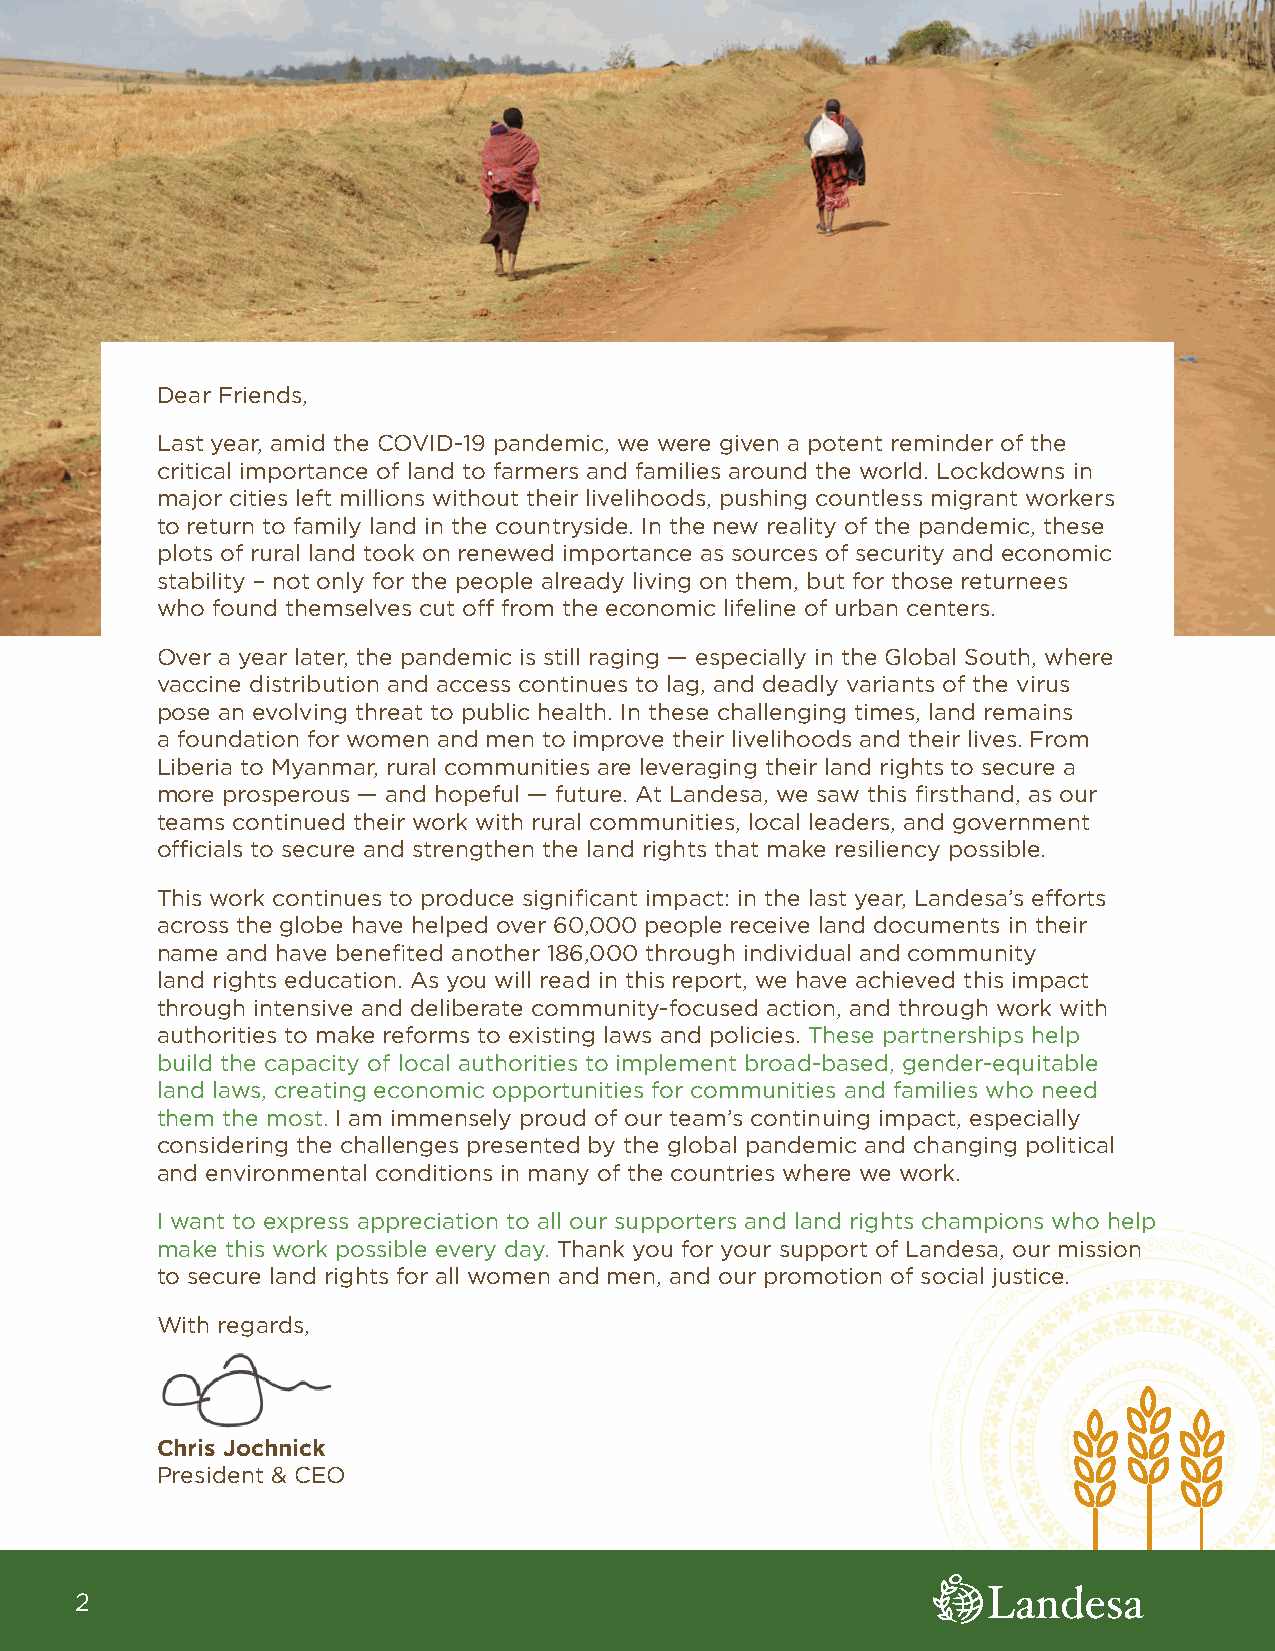
Dear Friends,
 Last year, amid the COVID-19 pandemic, we were given a potent reminder of the
 critical importance of land to farmers and families around the world. Lockdowns in
 major cities left millions without their livelihoods, pushing countless migrant workers
 to return to family land in the countryside. In the new reality of the pandemic, these
 plots of rural land took on renewed importance as sources of security and economic
 stability – not only for the people already living on them, but for those returnees
 who found themselves cut off from the economic lifeline of urban centers.
 Over a year later, the pandemic is still raging — especially in the Global South, where
 vaccine distribution and access continues to lag, and deadly variants of the virus
 pose an evolving threat to public health. In these challenging times, land remains
 a foundation for women and men to improve their livelihoods and their lives. From
 Liberia to Myanmar, rural communities are leveraging their land rights to secure a
 more prosperous — and hopeful — future. At Landesa, we saw this firsthand, as our
 teams continued their work with rural communities, local leaders, and government
 officials to secure and strengthen the land rights that make resiliency possible.
 This work continues to produce significant impact: in the last year, Landesa’s efforts
 across the globe have helped over 60,000 people receive land documents in their
 name and have benefited another 186,000 through individual and community
 land rights education. As you will read in this report, we have achieved this impact
 through intensive and deliberate community-focused action, and through work with
 authorities to make reforms to existing laws and policies. These partnerships help
 build the capacity of local authorities to implement broad-based, gender-equitable
 land laws, creating economic opportunities for communities and families who need
 them the most. I am immensely proud of our team’s continuing impact, especially
 considering the challenges presented by the global pandemic and changing political
 and environmental conditions in many of the countries where we work.
 I want to express appreciation to all our supporters and land rights champions who help
 make this work possible every day. Thank you for your support of Landesa, our mission
 to secure land rights for all women and men, and our promotion of social justice.
 With regards,
 Chris Jochnick
 President & CEO
 2